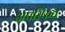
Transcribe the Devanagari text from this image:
अपस्फित